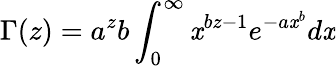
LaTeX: \Gamma(z)=a^{z}b\int_{0}^{\infty}\mathit{x}^{bz-1}e^{-a\mathit{x}^{b}}d\mathit{x}